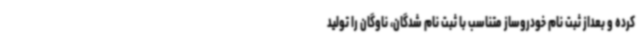
کرده و بعداز ثبت نام خودروساز متناسب با ثبت نام شدگان، ناوگان را تولید